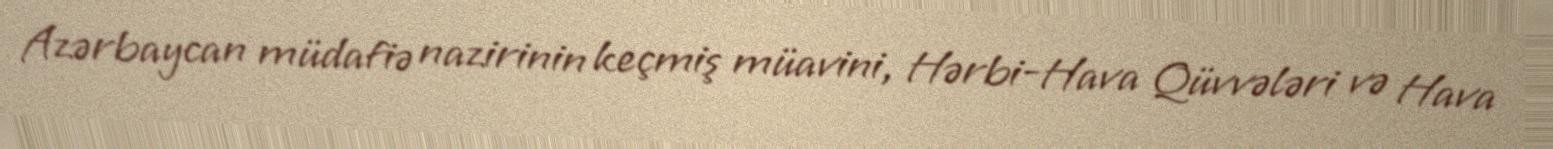
Azərbaycan müdafiə nazirinin keçmiş müavini, Hərbi-Hava Qüvvələri və Hava